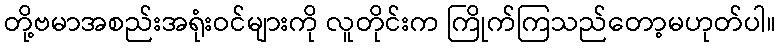
တို့ဗမာအစည်းအရုံးဝင်များကို လူတိုင်းက ကြိုက်ကြသည်တော့မဟုတ်ပါ။